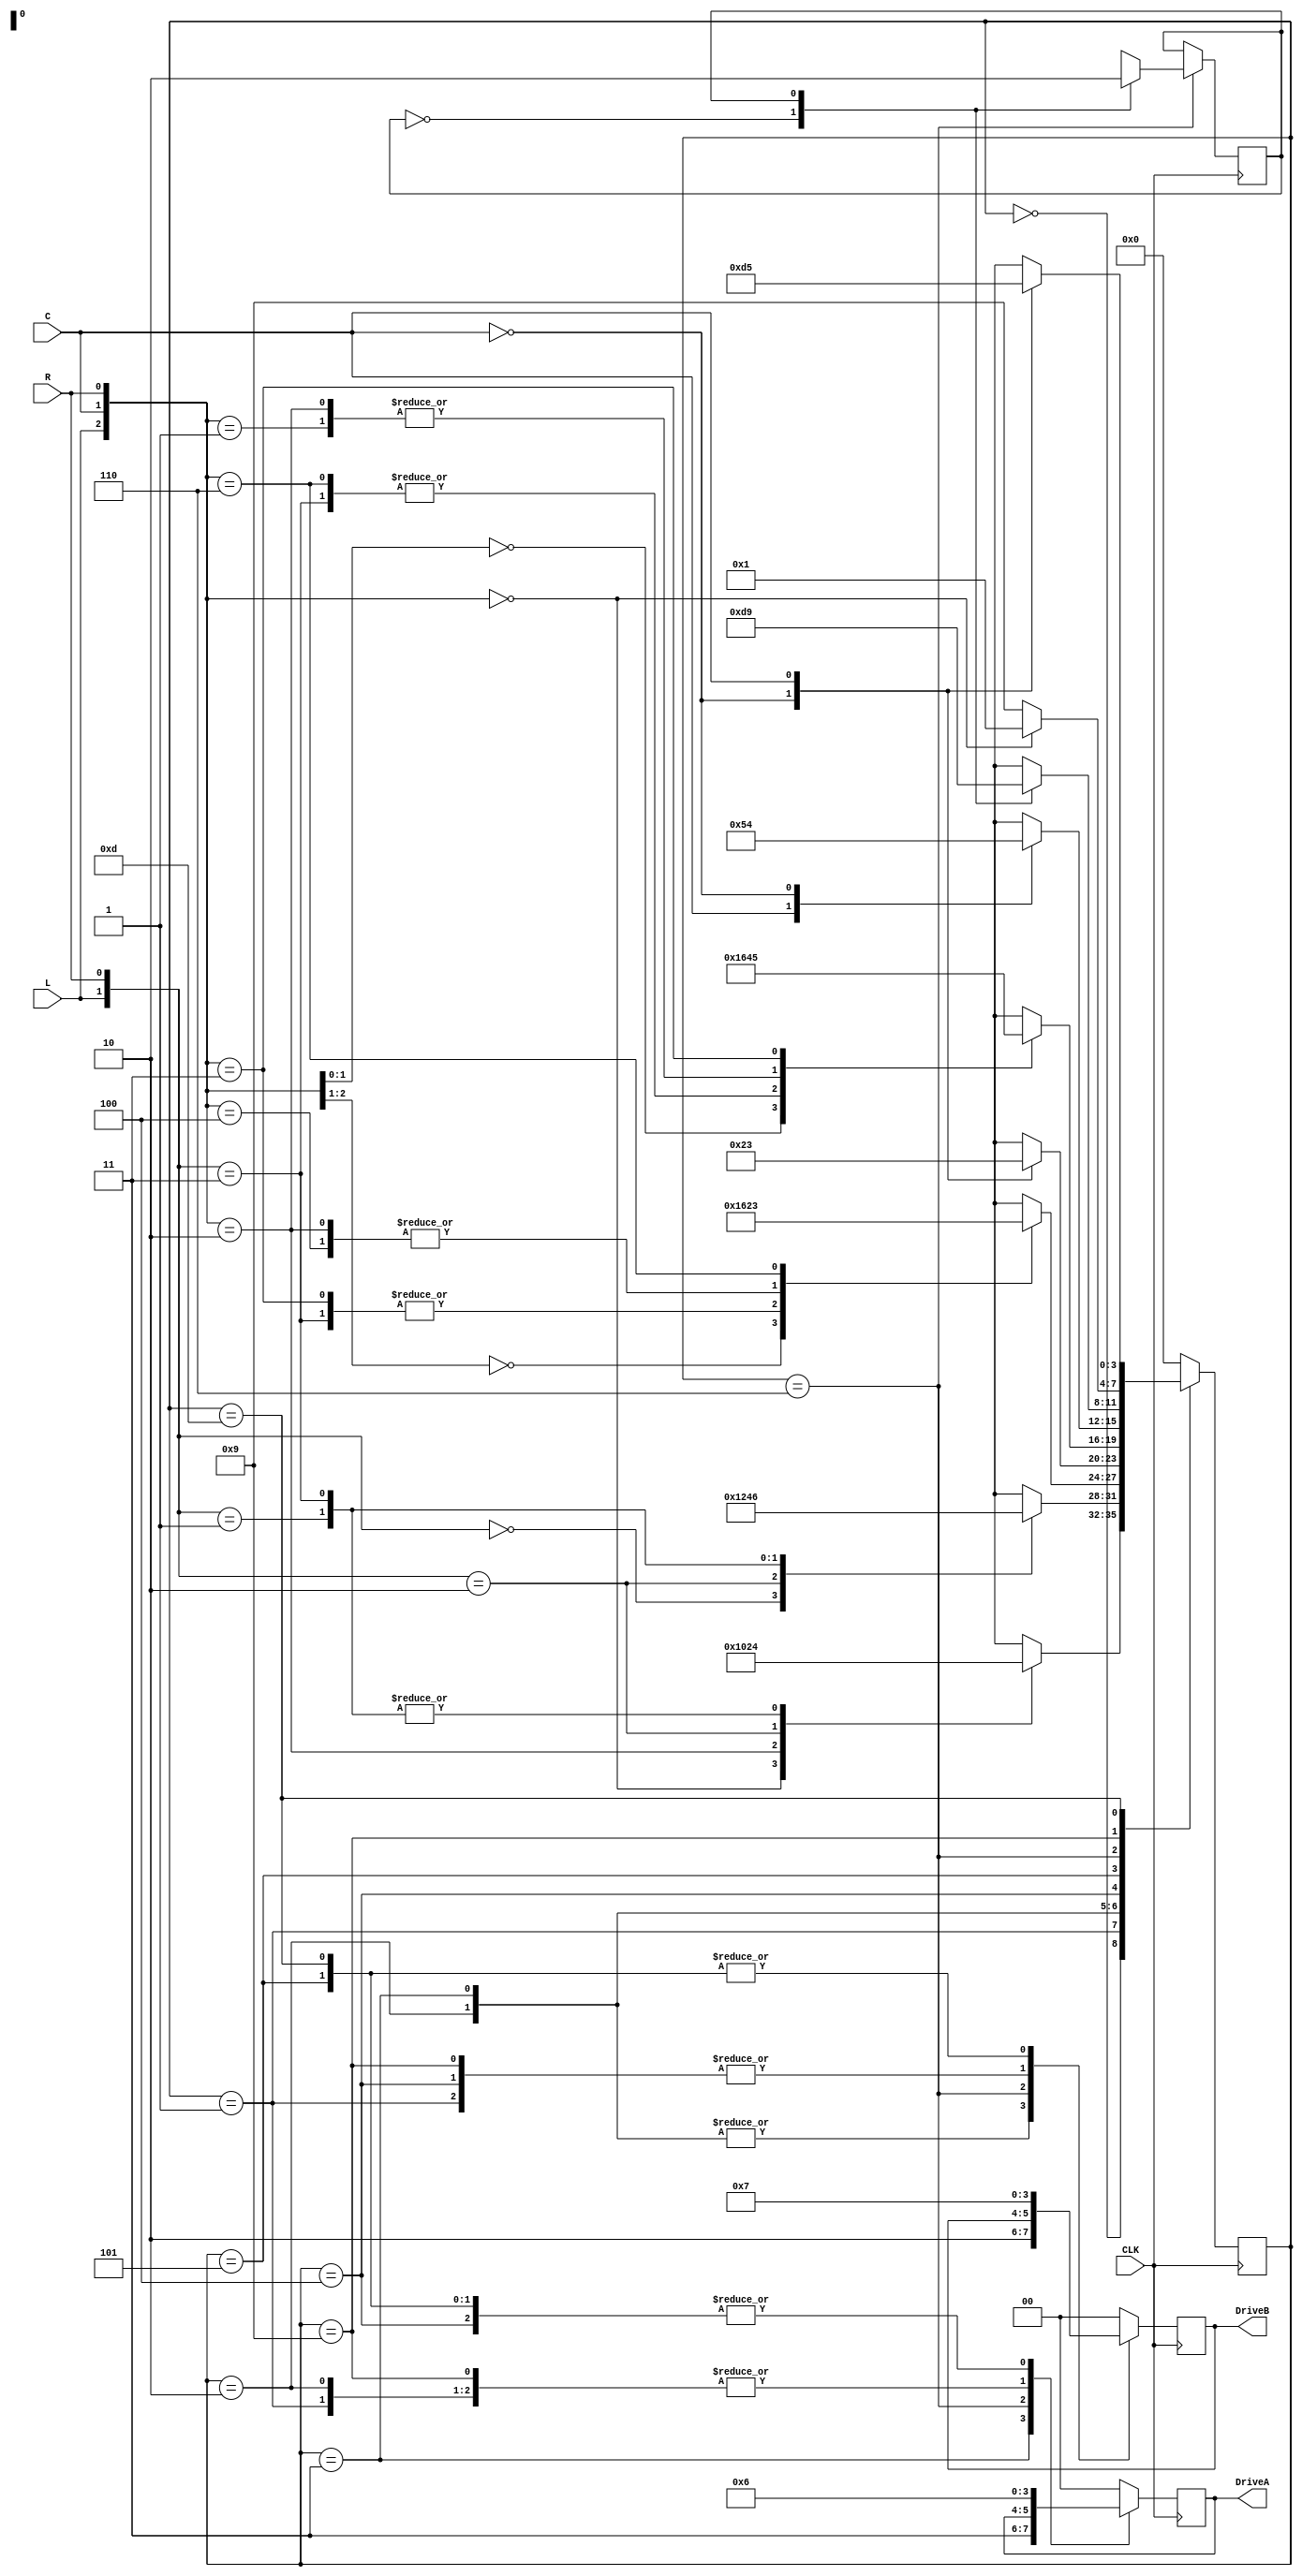
/*-------------------------------------------------------------
    Project Lab 1 - Main Project
       Program by: Zachary Bonneau
    Creation Date: 10/12/2023
     Program Name: movement.v
    SubProgram of: movement system
  
    Program Description:
        This program constructs the movement system state machine. This machine
        evaluates the condition of 3 IPS sensors (L, C*, R) and determines the type 
        of track it is following. It uses this information to determine how to drive 
        motors A/B of the rover.

        L   C*  R   |   Track Type
        ------------|-------------
        0   0   0   |   Straight (ST)
        0   0   1   |   Curve Right (CR)
        0   1   0   |   NONE
        0   1   1   |   Right 90 deg (R90)
        1   0   0   |   Curve Left (CL)
        1   0   1   |   Crossroad (Cross)
        1   1   0   |   Left 90 deg (L90)
        1   1   1   |   Crossroad (no center line detected, but no T-Junctions exist on track)

        Note: C* bc C is an inverted input (active low)

    Inputs:
        CLK     - timing clock
        L,C,R   - IPS sensors (determine track position/angle relative to rover)
    
    Outputs:
        [1:0] DriveA/B - drive strength sent to PWM generator for motors A/B

    Internal Signals:
        [3:0] state - state machine register
        CrossNum    - tracks crossroads events

*///-----------------------------------------------------------

module movement(
    input CLK, L, C, R,
    output reg [1:0] DriveA = 0, 
    output reg [1:0] DriveB = 0
);
    // local params to represent track types
    localparam track_ST     = 3'b000;
    localparam track_CR     = 3'b001;
    localparam track_None   = 3'b010;
    localparam track_R90    = 3'b011;
    localparam track_LC     = 3'b100;
    localparam track_Cross  = 3'b101;
    localparam track_L90    = 3'b110;
    localparam track_CrossT = 3'b111;

    // local params to represent different state values
    localparam OFF      = 4'b0000;
    localparam ST       = 4'b0001;
    localparam CL       = 4'b0010;
    localparam L90      = 4'b0011;
    localparam CR       = 4'b0100;
    localparam R90      = 4'b0101;
    localparam Cross    = 4'b0110;
    localparam CST      = 4'b1001;
    localparam C90      = 4'b1101;

    reg [3:0] state = OFF;
    reg CrossNum = 0; // 0: first time crossing, 1: second time crossing

    // inside this block is a set of nested case statements which compute:
        // The next state to go to
        // how to configure output registers

        // example case iteration:
            // state: 
                // set DriveA/DriveB
                // nested case (IPS sensors)
                    // set next state according to State machine
                // end nested case
            // end state
    always@(posedge CLK) begin
        case (state)
            OFF: begin
                DriveA <= 0;
                DriveB <= 0;
                casex({L,C,R})
                    track_ST:   state <= ST;
                    track_None: state <= OFF;
                    3'b0X1:     state <= CR;
                    3'b1X0:     state <= CL;
                    3'b1X1:     state <= CR;
                endcase
            end

            ST: begin
                DriveA <= 1;
                DriveB <= 1;
                casex({L,C,R})
                    3'b0X0: state <= ST;
                    3'b1X0: state <= CL;
                    3'b0X1: state <= CR;
                    3'b1X1: state <= Cross;
                endcase
            end

            CL: begin
                DriveA <= 1;
                DriveB <= 2;
                casex({L,C,R})
                    3'b00X: state <= ST;
                    3'b1X1: state <= Cross;
                    track_R90:  state <= Cross;
                    track_LC:   state <= CL;
                    track_None: state <= CL;
                    track_L90:  state <= L90;
                endcase
            end

            L90: begin
                DriveA <= 3; // reverse L motor
                DriveB <= 2;
                casex({L,C,R})
                    3'bX0X: state <= CL;
                    3'bX1X: state <= L90;
                endcase
            end

            CR: begin
                DriveA <= 2;
                DriveB <= 1;
                casex({L,C,R})
                    3'bX00:     state <= ST;
                    3'b1X1:     state <= Cross;
                    track_L90:  state <= Cross;
                    track_CR:   state <= CR;
                    track_None: state <= CR;
                    track_R90:  state <= R90;
                endcase
            end

            R90: begin
                DriveA <= 2;
                DriveB <= 3; // Reverse R motor
                casex({L,C,R})
                    3'bX1X: state <= R90;
                    3'bX0X: state <= CR;
                endcase
            end

            Cross: begin
                case (CrossNum)
                    0: begin
                        state = C90;
                        CrossNum = 1;
                    end

                    1: begin
                        state = CST;
                        CrossNum = 0;
                    end
                endcase
            end

            CST: begin
                DriveA <= 1;
                DriveB <= 1;
                case({L,C,R})
                    track_ST:   state <= ST;
                    default:    state <= CST;
                endcase
            end

            C90: begin
                DriveA <= 2;
                DriveB <= 3; // Reverse R motor
                casex({L,C,R})
                    3'bX0X: state <= C90;
                    3'bX1X: state <= R90;
                endcase
            end

            default: begin
                state  <= OFF;
                DriveA <= 0;
                DriveB <= 0;
            end
        endcase
    end
endmodule